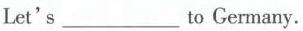
Let's ___ to Germany。